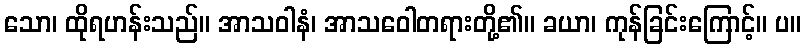
သော၊ ထိုရဟန်းသည်။ အာသဝါနံ၊ အာသဝေါတရားတို့၏။ ခယာ၊ ကုန်ခြင်းကြောင့်။ ပ။